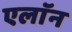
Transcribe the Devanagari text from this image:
एलाॅन